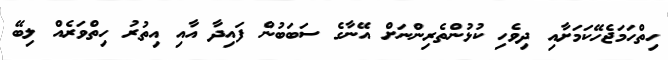
ހިތްހަމަޖެހޭކަމަށާއި ދިވެހި ކުޅުންތެރިންނަށް އޭނާގެ ސަބަބުން ފައިދާ އާއި އިތުރު ހިތްވަރެއް ލިބޭ